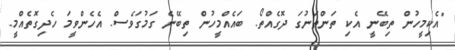
"އެކިމީހުން ތިބޭނީ އެކި ތަންތަނުގަ ދޮގެއްތޯ. ބައެއްމީހުން ތިބޭނެ ގަމުގަވެސް. އެހެންވީމަ ހެދިގޮތެއްމީ.